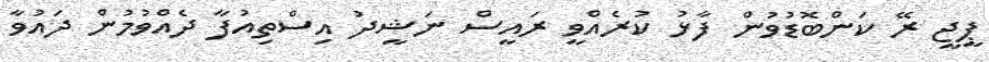
ޕީޖީ ރޭ ކަންބޮޑުވުން ފާޅު ކުރެއްވީ ރައީސް ނަޝީދު އިސްތިއުފާ ދެއްވުމުން ދައުވާ